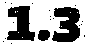
1.3